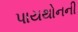
પાયથોનની